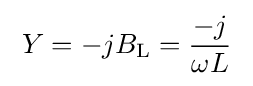
\;Y=-jB_{\text{L}}={\frac {-j}{\omega L}}\;